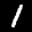
Label: 1